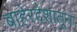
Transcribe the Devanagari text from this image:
बाहेरदेशातून